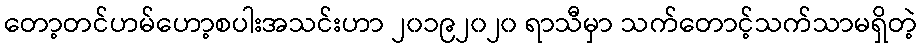
တော့တင်ဟမ်ဟော့စပါးအသင်းဟာ ၂၀၁၉၂၀၂၀ ရာသီမှာ သက်တောင့်သက်သာမရှိတဲ့